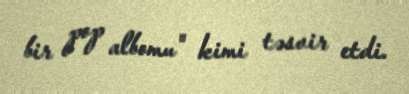
bir pop albomu" kimi təsvir etdi.